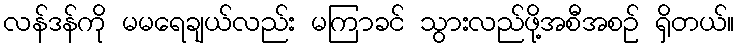
လန်ဒန်ကို မမရေချယ်လည်း မကြာခင် သွားလည်ဖို့အစီအစဉ် ရှိတယ်။